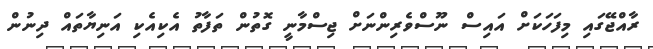
ރާއްޖޭގައި މިފަހަކަށް އައިސް ނޫސްވެރިންނަށް ޖިސްމާނީ ގޮތުން ތަފާތު އެކިއެކި އަނިޔާތައް ދިނުން